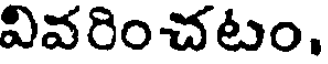
వివరించటం.